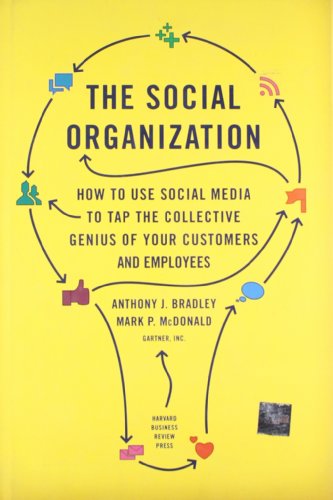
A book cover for The Social Organization: How to Use Social Media to Tap the Collective Genius of Your Customers and Employees; Anthony J. Bradley; Computers & Technology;